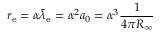
r _ { \mathrm { e } } = \alpha { \bar { \lambda } } _ { \mathrm { e } } = \alpha ^ { 2 } a _ { 0 } = \alpha ^ { 3 } { \frac { 1 } { 4 \pi R _ { \infty } } }